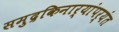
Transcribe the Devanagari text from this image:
समुद्रकिनार्‍यांपर्यंत